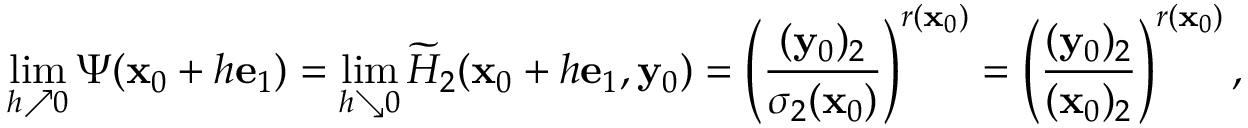
\operatorname* { l i m } _ { h \nearrow 0 } \Psi ( \mathbf x _ { 0 } + h \mathbf e _ { 1 } ) = \operatorname* { l i m } _ { h \searrow 0 } \widetilde { H } _ { 2 } ( \mathbf x _ { 0 } + h \mathbf e _ { 1 } , \mathbf y _ { 0 } ) = \left( \frac { ( \mathbf y _ { 0 } ) _ { 2 } } { \sigma _ { 2 } ( \mathbf x _ { 0 } ) } \right) ^ { r ( \mathbf x _ { 0 } ) } = \left( \frac { ( \mathbf y _ { 0 } ) _ { 2 } } { ( \mathbf x _ { 0 } ) _ { 2 } } \right) ^ { r ( \mathbf x _ { 0 } ) } ,